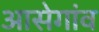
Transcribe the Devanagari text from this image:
आसेगांव